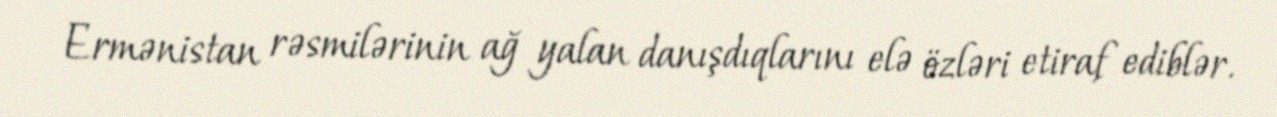
Ermənistan rəsmilərinin ağ yalan danışdıqlarını elə özləri etiraf ediblər.